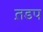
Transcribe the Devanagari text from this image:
त़डप